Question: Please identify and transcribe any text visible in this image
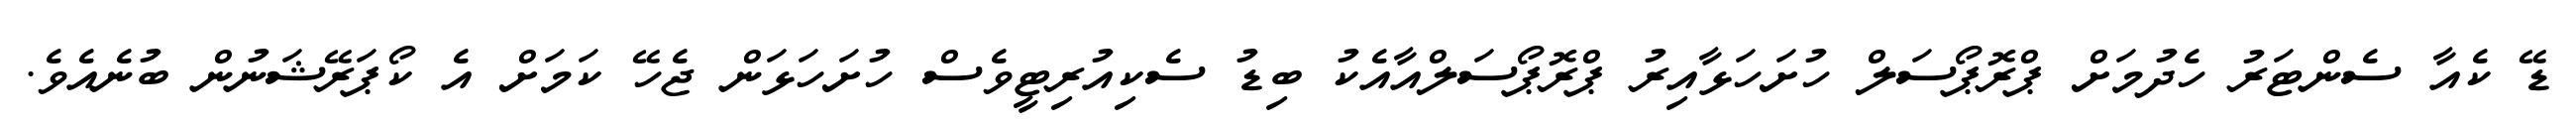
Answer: ޑޭ ކެއާ ސެންޓަރު ހެދުމަށް ޕްރޮޕޯސަލް ހުށަހަޅާއިރު ޕްރޮޕޯސަލްއާއެކު ބިޑު ސެކިއުރިޓީވެސް ހުށަހަޅަން ޖެހޭ ކަމަށް އެ ކޯޕަރޭޝަނުން ބުނެއެވެ.